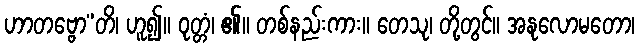
ဟာတဗ္ဗော”တိ၊ ဟူ၍။ ဝုတ္တံ၊ ၏။ တစ်နည်းကား။ တေသု၊ တို့တွင်။ အနုလောမတော၊